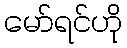
မော်ရင်ဟို